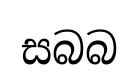
සබබ